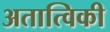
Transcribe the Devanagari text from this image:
अतात्विकी